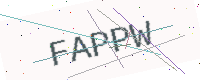
Text: FAPPW